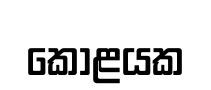
කොළයක